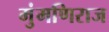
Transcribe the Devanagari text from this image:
मुंमणिराज